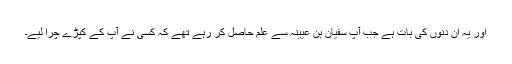
اور یہ ان دنوں کی بات ہے جب آپ سفیان بن عیینہ سے علم حاصل کر رہے تھے کہ کسی نے آپ کے کپڑے چرا لیے۔